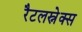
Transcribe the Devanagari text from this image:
रैटलस्नेक्स